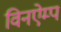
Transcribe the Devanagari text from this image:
विनऐम्प